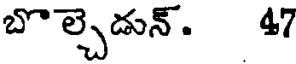
బొల్చెడున్. 47